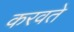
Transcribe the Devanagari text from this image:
करवते